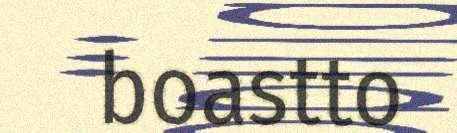
boastto